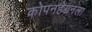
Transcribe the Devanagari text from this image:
कोपनहेगनला